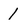
Character: 1